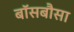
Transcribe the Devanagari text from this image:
बॉसबौसा